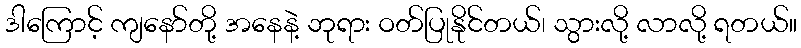
ဒါကြောင့် ကျနော်တို့ အနေနဲ့ ဘုရား ဝတ်ပြုနိုင်တယ်၊ သွားလို့ လာလို့ ရတယ်။